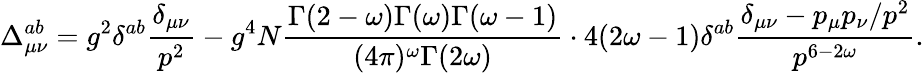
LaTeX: \Delta_{\mu\nu}^{ab}=g^{2}\delta^{ab}\frac{\delta_{\mu\nu}}{p^{2}}-g^{4}N\frac{\Gamma(2-\omega)\Gamma(\omega)\Gamma(\omega-1)}{(4\pi)^{\omega}\Gamma(2\omega)}\cdot 4(2\omega-1)\delta^{ab}\frac{\delta_{\mu\nu}-p_{\mu}p_{\nu}/p^{2}}{p^{6-2\omega}}.